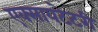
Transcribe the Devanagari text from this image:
एक्सायटेटरी